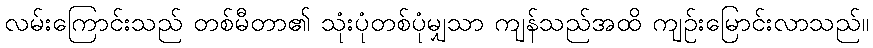
လမ်းကြောင်းသည် တစ်မီတာ၏ သုံးပုံတစ်ပုံမျှသာ ကျန်သည်အထိ ကျဉ်းမြောင်းလာသည်။